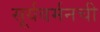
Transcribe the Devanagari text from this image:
सूर्यवर्मनची